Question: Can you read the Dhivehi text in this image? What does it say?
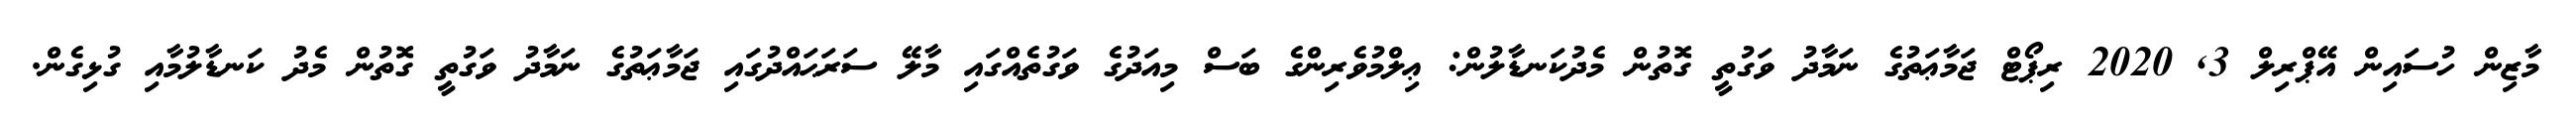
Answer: މާޒިން ހުސައިން އޭޕްރިލް 3, 2020 ރިޕޯޓް ޖަމާޢަތުގެ ނަމާދު ވަގުތީ ގޮތުން މެދުކަނޑާލުން: ޢިލްމުވެރިންގެ ބަސް މިއަދުގެ ވަގުތެއްގައި މާލޭ ސަރަޙައްދުގައި ޖަމާޢަތުގެ ނަމާދު ވަގުތީ ގޮތުން މެދު ކަނޑާލުމާއި ގުޅިގެން.